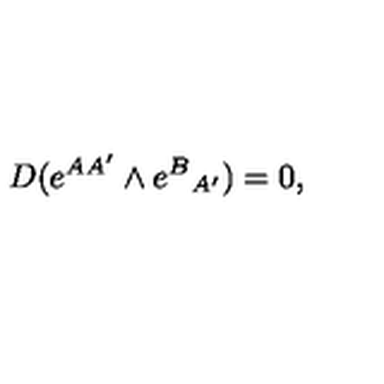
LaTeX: D ( e ^ { A A ^ { \prime } } \wedge e ^ { B } { } _ { A ^ { \prime } } ) = 0 ,